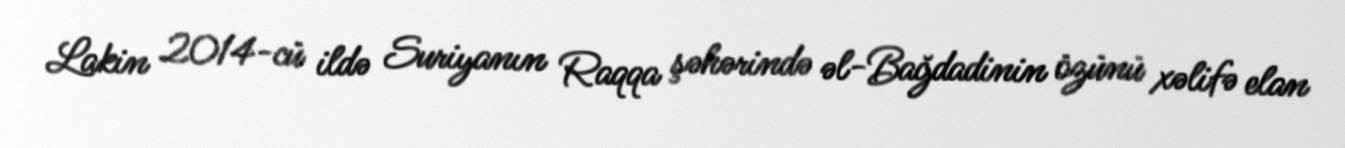
Lakin 2014-cü ildə Suriyanın Raqqa şəhərində əl-Bağdadinin özünü xəlifə elan